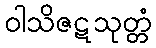
ဝါသိဇဋသုတ္တံ